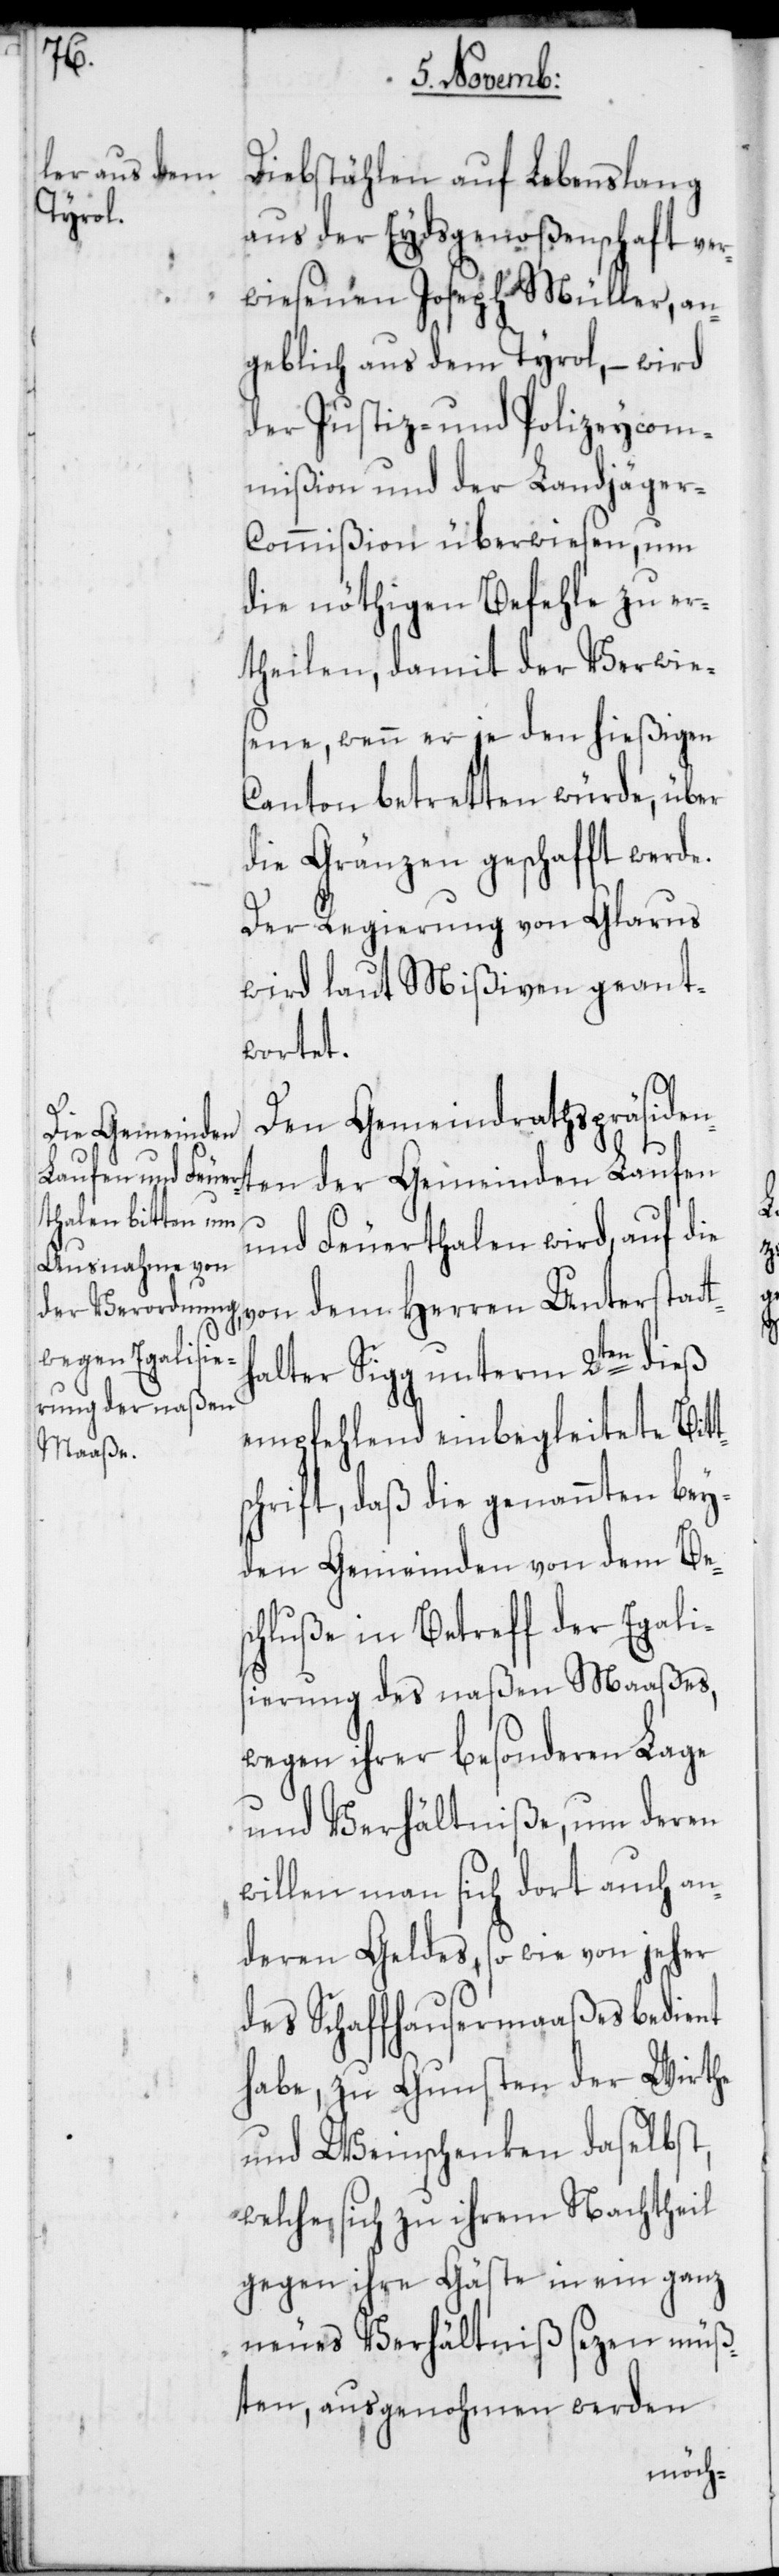
s¬

Diebstählen auf Lebenslang
aus der Eydsgenoßenschaft ver¬
wiesenen Joseph Müller, an¬
geblich aus dem Tyrol, – wird
der Justiz- und Polizeycom¬
mißion und der Landjäge¬
r-Commißion überwiesen, um
die nöthigen Befehle zu er¬
theilen, damit der Verwie¬
sene, wenn er je den hießigen
Canton betretten würde, über
die Gränzen geschafft werde.
Der Regierung von Glarus
wird laut Mißiven geant¬
wortet.
Den Gemeindrathspräsiden¬
ten der Gemeinden Laufen
und Feuerthalen wird, auf die
von dem Herren Unterstatt¬
halter Sigg unterm 2ten dieß
empfehlend einbegleitete Bitt¬
chrift, daß die genannten bey¬
den Gemeinden von dem Bes¬
chluße in Betreff der Egali¬
sierung des naßen Maaßes,
wegen ihrer besonderen Lage
und Verhältniße, um deren
willen man sich dort auch an¬
deren Geldes, so wie von jeher
des Schaffhausermaaßes bedient
habe, zu Gunsten der Wirthe
und Weinschenken daselbst,
welche sich zu ihrem Nachtheil
gegen ihre Gäste in ein ganz
neues Verhältniß sezen müß¬
ten, ausgenohmen werden